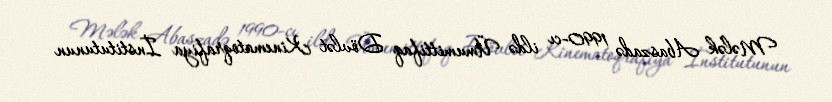
Mələk Abaszadə 1990-cı ildə Ümumittifaq Dövlət Kinematoqrafiya İnstitutunun